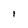
Character: I